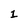
Character: 1